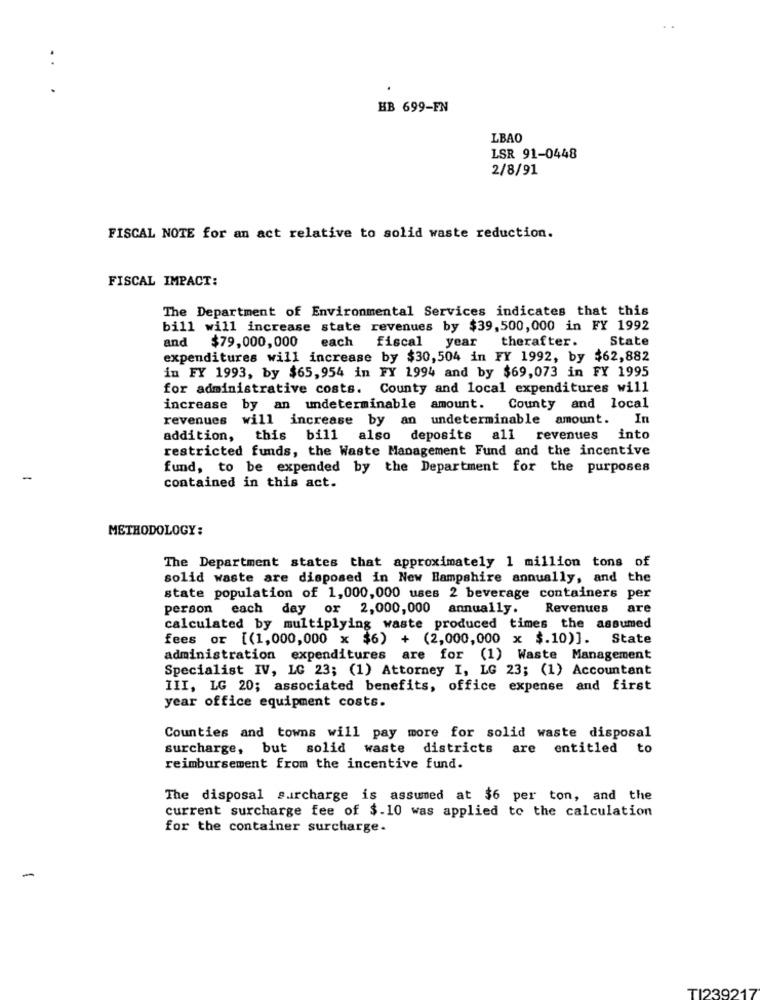
HB 699-FN
LBAO
LSR 91-0448
2/8/91
FISCAL NOTE for an act relative to solid waste reduction.
FISCAL IMPACT:
The Department of Environmental Services indicates that this
bill will increase state revenues by $39,500,000 in FY 1992
and
$79,000,000
each
State
fiscal year therafter.
expenditures will increase by $30,504 in FY 1992, by $62,882
in FY 1993, by $65,954 in FY 1994 and by $69,073 in FY 1995
for administrative costs. County and local expenditures will
increase by an undeterminable amount. County and local
revenues will increase by an undeterminable amount.
In
addition, this bill
also deposits all revenues into
restricted funds, the Waste Management Fund and the incentive
fund, to be expended by the Department for the purposes
-
contained in this act.
METHODOLOGY:
The Department states that approximately 1 million tons of
solid waste are disposed in New Hampshire annually, and the
state population of 1,000,000 uses 2 beverage containers per
person each day or 2,000,000 annually.
Revenues
are
calculated by multiplying waste produced times the assumed
fees or [(1,000,000 x $6) + (2,000,000 x $.10)]. State
administration expenditures are for (1) Waste Management
Specialist IV, LG 23; (1) Attorney I, LG 23; (1) Accountant
III, LG 20; associated benefits, office expense and first
year office equipment costs.
Counties and towns will pay more for solid waste disposal
surcharge, but solid waste districts are entitled to
reimbursement from the incentive fund.
The disposal surcharge is assumed at $6 per ton, and the
current surcharge fee of $.10 was applied to the calculation
for the container surcharge.
-
TI239217